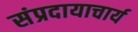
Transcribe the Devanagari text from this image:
संप्रदायाचार्य